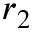
r _ { 2 }